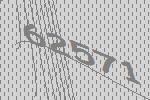
62571